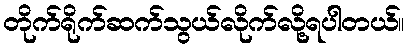
တိုက်ရိုက်ဆက်သွယ်လိုက်လို့ရပါတယ်။